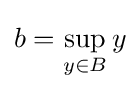
b=\sup _{y\in B}y